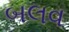
બલવ